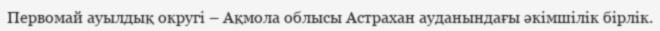
Первомай ауылдық округі – Ақмола облысы Астрахан ауданындағы әкімшілік бірлік.